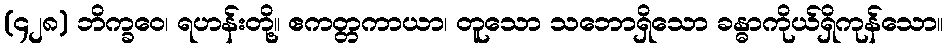
(၄၂၈) ဘိက္ခဝေ၊ ရဟန်းတို့။ ဧကတ္တကာယာ၊ တူသော သဘောရှိသော ခန္ဓာကိုယ်ရှိကုန်သော။